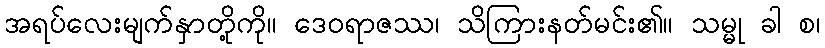
အရပ်လေးမျက်နှာတို့ကို။ ဒေဝရာဇဿ၊ သိကြားနတ်မင်း၏။ သမ္မု ခါ စ၊